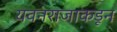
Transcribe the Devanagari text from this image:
यवनराजाकडून